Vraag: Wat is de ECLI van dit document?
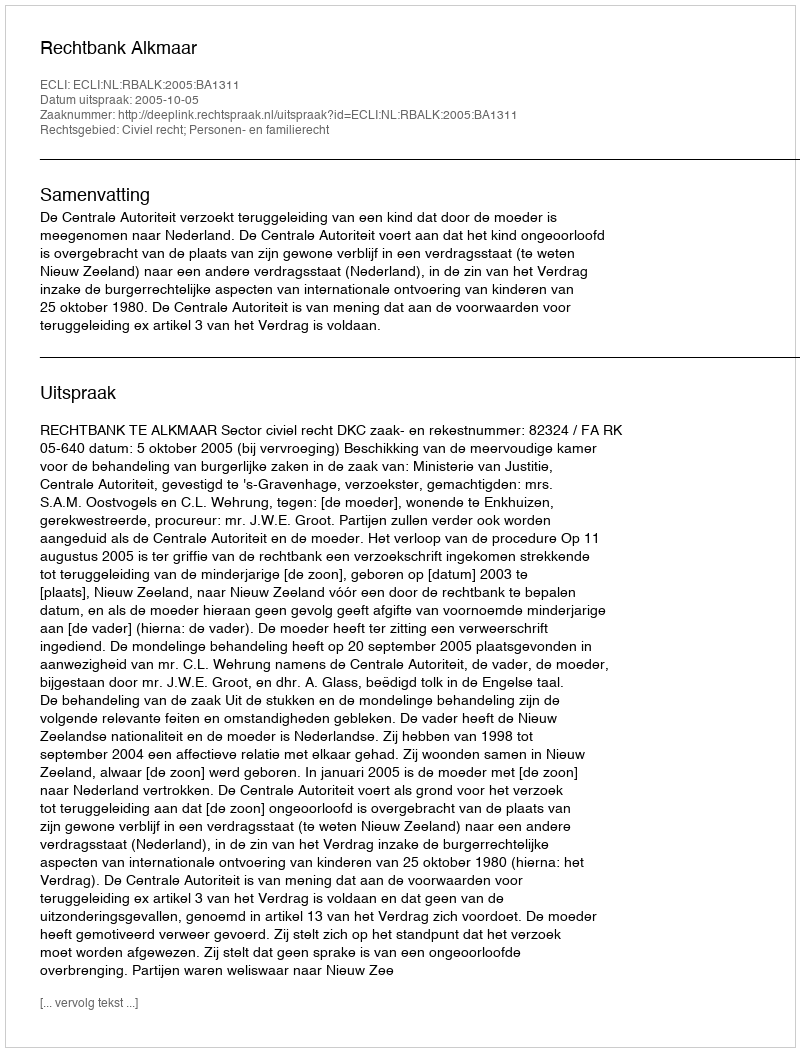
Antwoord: ECLI:NL:RBALK:2005:BA1311